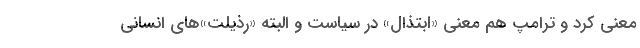
معنی کرد و ترامپ هم معنی «ابتذال» در سیاست و البته «‌رذیلت»‌های انسانی